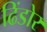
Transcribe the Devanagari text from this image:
ढिंडोर